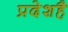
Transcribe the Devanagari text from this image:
प्रदेशहै